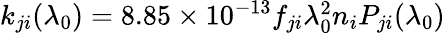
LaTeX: \begin{array}{r}{k_{ji}(\lambda_{0})=8.85\times 10^{-13}f_{ji}\lambda_{0}^{2}n_{i}P_{ji}(\lambda_{0})}\end{array}